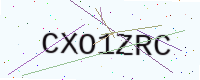
Text: CXO1ZRC